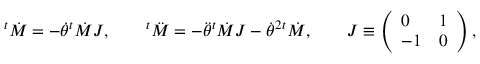
^ { t } \dot { \cal M } = - \dot { \theta } { } ^ { t } \dot { \cal M } J , \qquad ^ { t } \ddot { \cal M } = - \ddot { \theta } { } ^ { t } \dot { \cal M } J - \dot { \theta } ^ { 2 } { } ^ { t } \dot { \cal M } , \qquad J \equiv \left( \begin{array} { l l } { { 0 } } & { { 1 } } \\ { { - 1 } } & { { 0 } } \end{array} \right) ,